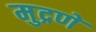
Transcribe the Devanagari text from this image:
मुद्रणे